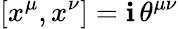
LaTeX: [x^{\mu},x^{\nu}]=\mathbf{i}\, \theta^{\mu\nu}